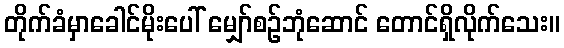
တိုက်ခံမှာခေါင်မိုးပေါ် မျှော်စဉ်ဘုံဆောင် တောင်ရှိလိုက်သေး။